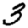
Digit: 3